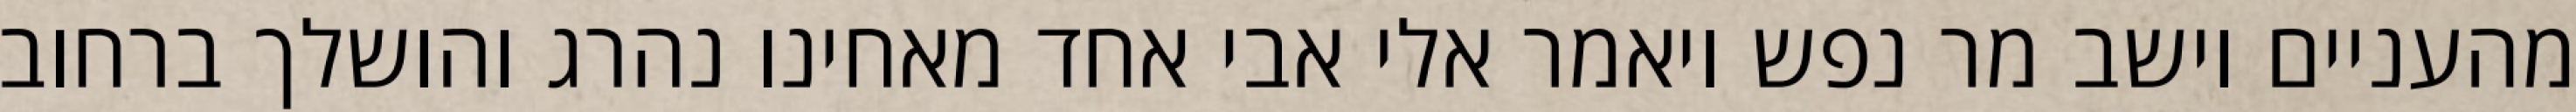
מהעניים וישב מר נפש ויאמר אלי אבי אחד מאחינו נהרג והושלך ברחוב